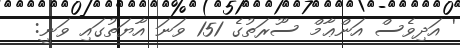
' އަދިވެސް އަންޢާމް ސޫރަތުގެ 151 ވަނަ އާޔަތުގައި ވަނީ: